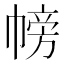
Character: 𢄎